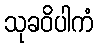
သုခဝိပါကံ